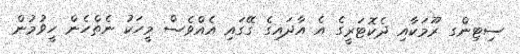
ސިޓިންގ ރޫމަކާއި ދެކޮޓަރީގެ އެ އާދައިގެ ގޭގައި އެއްވެސް މީހަކު ނެތްހެން ހީވުމުން